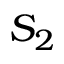
S _ { 2 }